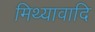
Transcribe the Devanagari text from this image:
मिथ्यावादि